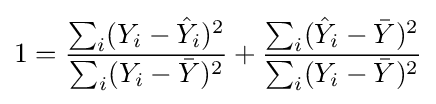
1={\frac {\sum _{i}(Y_{i}-{\hat {Y}}_{i})^{2}}{\sum _{i}(Y_{i}-{\bar {Y}})^{2}}}+{\frac {\sum _{i}({\hat {Y}}_{i}-{\bar {Y}})^{2}}{\sum _{i}(Y_{i}-{\bar {Y}})^{2}}}